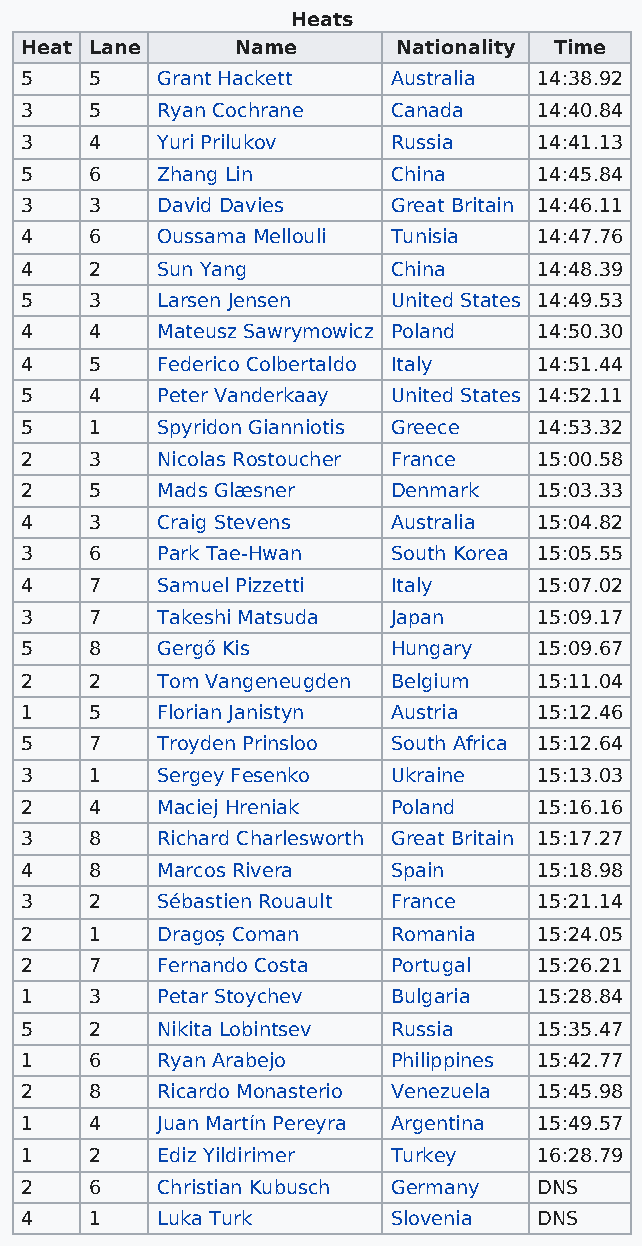
Heats
 Heat Lane      Name      Nationality Time
 5    5   Grant Hackett   Australia 14:38.92
 3    5   Ryan Cochrane   Canada    14:40.84
 3    4   Yuri Prilukov   Russia    14:41.13
 5    6   Zhang Lin       China     14:45.84
 3    3   David Davies    Great Britain 14:46.11
 4    6   Oussama Mellouli Tunisia  14:47.76
 4    2   Sun Yang        China     14:48.39
 5    3   Larsen Jensen   United States 14:49.53
 4    4   Mateusz Sawrymowicz Poland 14:50.30
 4    5   Federico Colbertaldo Italy 14:51.44
 5    4   Peter Vanderkaay United States 14:52.11
 5    1   Spyridon Gianniotis Greece 14:53.32
 2    3   Nicolas Rostoucher France 15:00.58
 2    5   Mads Glæsner    Denmark   15:03.33
 4    3   Craig Stevens   Australia 15:04.82
 3    6   Park Tae-Hwan   South Korea 15:05.55
 4    7   Samuel Pizzetti Italy     15:07.02
 3    7   Takeshi Matsuda Japan     15:09.17
 5    8   Gergő Kis       Hungary   15:09.67
 2    2   Tom Vangeneugden Belgium  15:11.04
 1    5   Florian Janistyn Austria  15:12.46
 5    7   Troyden Prinsloo South Africa 15:12.64
 3    1   Sergey Fesenko  Ukraine   15:13.03
 2    4   Maciej Hreniak  Poland    15:16.16
 3    8   Richard Charlesworth Great Britain 15:17.27
 4    8   Marcos Rivera   Spain     15:18.98
 3    2   Sébastien Rouault France  15:21.14
 2    1   Dragoș Coman    Romania   15:24.05
 2    7   Fernando Costa  Portugal  15:26.21
 1    3   Petar Stoychev  Bulgaria  15:28.84
 5    2   Nikita Lobintsev Russia   15:35.47
 1    6   Ryan Arabejo    Philippines 15:42.77
 2    8   Ricardo Monasterio Venezuela 15:45.98
 1    4   Juan Martín Pereyra Argentina 15:49.57
 1    2   Ediz Yildirimer Turkey    16:28.79
 2    6   Christian Kubusch Germany DNS
 4    1   Luka Turk       Slovenia  DNS